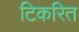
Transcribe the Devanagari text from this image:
टिकरित